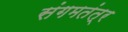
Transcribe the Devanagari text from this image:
संगमतंत्र